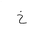
Letter: _kha